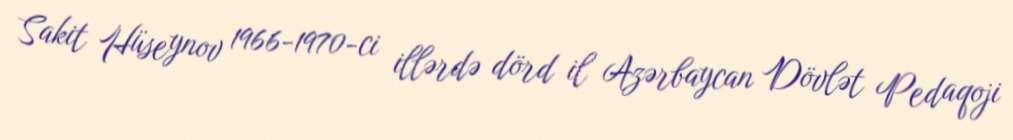
Sakit Hüseynov 1966-1970-ci illərdə dörd il Azərbaycan Dövlət Pedaqoji